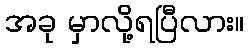
အခု မှာလို့ရပြီလား။